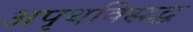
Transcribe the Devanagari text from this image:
अपृथक्सिद्ध